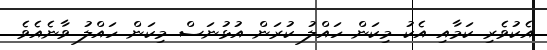
އެކުވެރި ކަމާއި އެކު މިކަން ހައްލު ކުރަން އުޅުނަސް މިކަން ހައްލު ވާނެއެވެ.